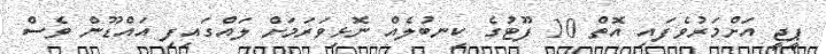
ޕީޖީ އަށްމަރުވެފައި އޮތް 10 ފޫޓުގެ ކިނބުލެއް ނޮޅިވަރަމަށް ލައްގައިފި އައްޑޫން ވެސް